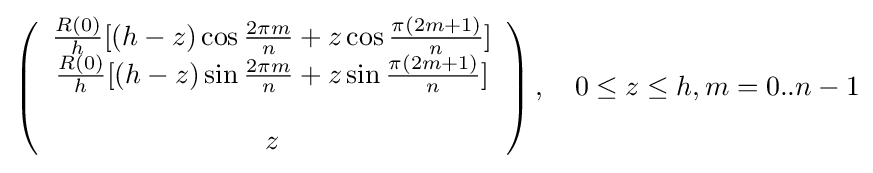
\left({\begin{array}{c}{\frac {R(0)}{h}}[(h-z)\cos {\frac {2\pi m}{n}}+z\cos {\frac {\pi (2m+1)}{n}}]\\{\frac {R(0)}{h}}[(h-z)\sin {\frac {2\pi m}{n}}+z\sin {\frac {\pi (2m+1)}{n}}]\\\\z\end{array}}\right),\quad 0\leq z\leq h,m=0..n-1